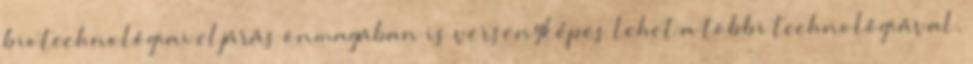
biotechnológiai eljárás önmagában is versenyképes lehet a többi technológiával.